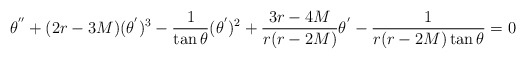
\begin{align*}\theta ^{''} + (2r-3M)(\theta ^{'})^3- \frac{1}{\tan \theta} (\theta ^{'})^2+ \frac{3r-4M}{r(r-2M)} \theta ^{'}- \frac{1}{r(r-2M)\tan \theta} = 0 \end{align*}